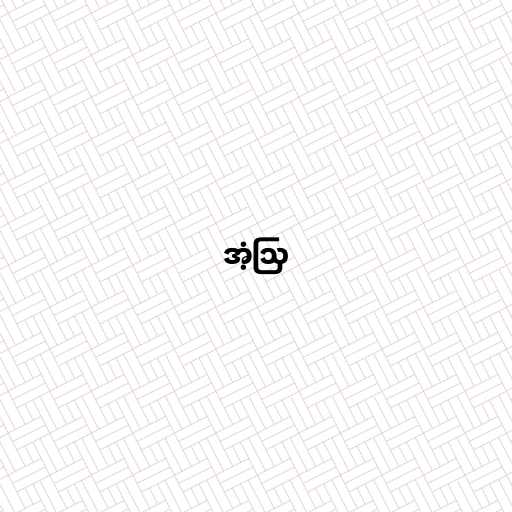
အံ့ဩ